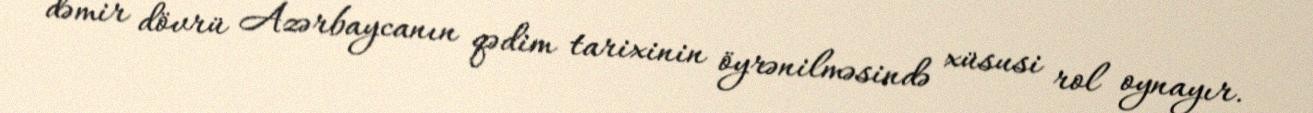
dəmir dövrü Azərbaycanın qədim tarixinin öyrənilməsində xüsusi rol oynayır.